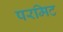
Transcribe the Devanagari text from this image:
परमिट